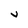
Character: V